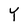
Character: Y